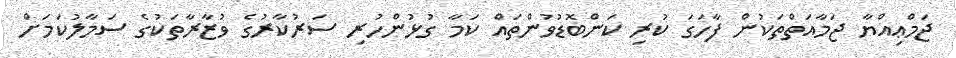
ޖަމްޢިއްޔާ ޖަމާއަތްތަކުން ފާހަގަ ކުރި ކަންބޮޑުވުންތައް ކަމާ ގުޅުންހުރި ސަރުކާރުގެ ވުޒާރާތަކުގެ ސަމާލުކަމަށް